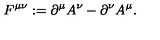
F ^ { \mu \nu } : = \partial ^ { \mu } A ^ { \nu } - \partial ^ { \nu } A ^ { \mu } .